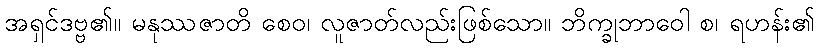
အရှင်ဒဗ္ဗ၏။ မနုဿဇာတိ စေဝ၊ လူဇာတ်လည်းဖြစ်သော။ ဘိက္ခုဘာဝေါ စ၊ ရဟန်း၏